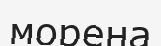
морена